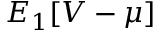
{ E _ { 1 } [ V - \mu ] }